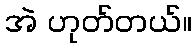
အဲ ဟုတ်တယ်။